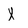
Character: X